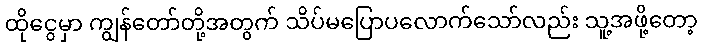
ထိုငွေမှာ ကျွန်တော်တို့အတွက် သိပ်မပြောပလောက်သော်လည်း သူ့အဖို့တော့